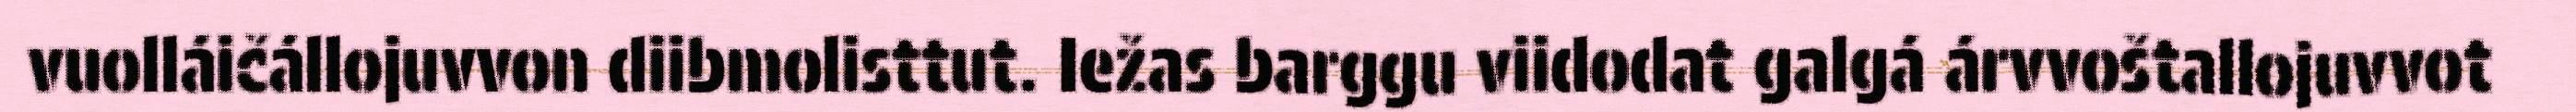
vuolláičállojuvvon diibmolisttut. Iežas barggu viidodat galgá árvvoštallojuvvot